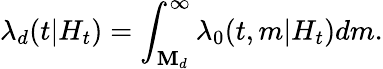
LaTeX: \lambda_{d}(t|H_{t})=\int_{\mathbf{M}_{d}}^{\infty}\lambda_{0}(t,m|H_{t})dm.